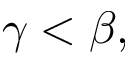
\gamma < \beta ,